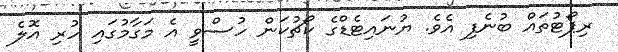
ރިޕޯޓުތައް ބުނެފި އެވެ. ޔުނައިޓެޑްގެ ކޯޗުކަން ހުސްވީ އެ މަގާމުގައި ހުރި އޮލެ